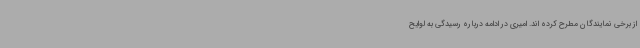
از برخی نمایندگان مطرح کرده اند. امیری در ادامه درباره رسیدگی به لوایح